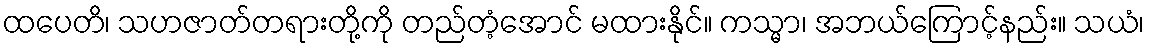
ထပေတိ၊ သဟဇာတ်တရားတို့ကို တည်တံ့အောင် မထားနိုင်။ ကသ္မာ၊ အဘယ်ကြောင့်နည်း။ သယံ၊